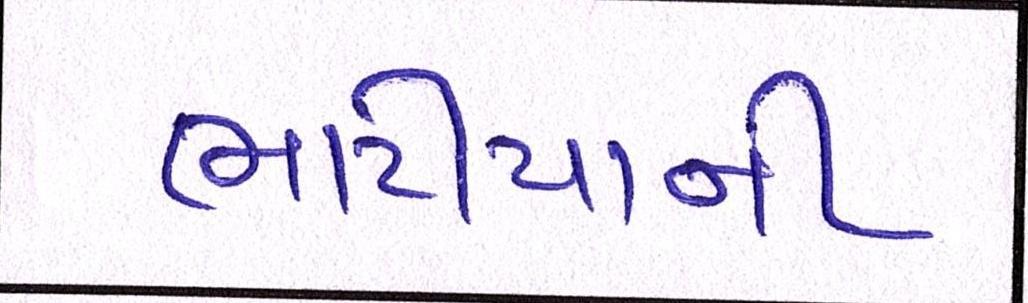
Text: ભાટીયાની